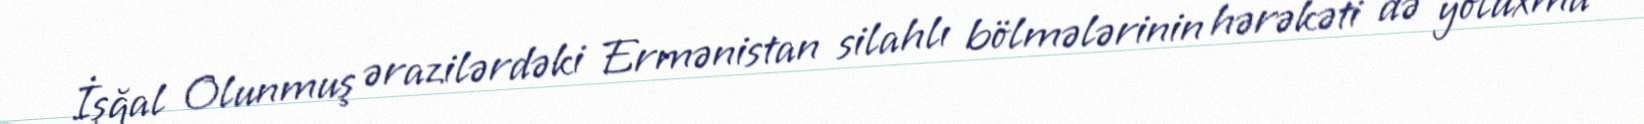
İşğal Olunmuş ərazilərdəki Ermənistan silahlı bölmələrinin hərəkəti də yoluxma